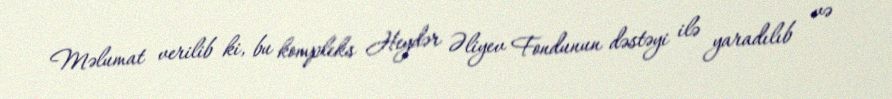
Məlumat verilib ki, bu kompleks Heydər Əliyev Fondunun dəstəyi ilə yaradılıb və